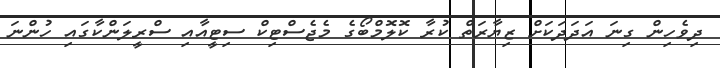
ދިވެހިން ގިނަ އަދަދަކަށް ޒިޔާރަތް ކުރާ ކޮލޮމްބޯގެ މެޖެސްޓިކް ސިޓީއާއި ސްރީލަންކާގައި ހުންނަ